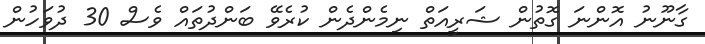
ގާނޫނު އޮންނަ ގޮތުން ޝަރީއަތް ނިމެންދެން ކުރެވޭ ބަންދުތައް ވެސް 30 ދުވަހުން